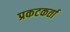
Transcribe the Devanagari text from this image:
प्रकटकर्ता